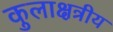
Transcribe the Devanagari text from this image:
कुलाक्षत्रीय